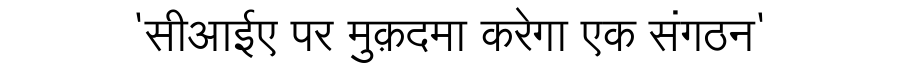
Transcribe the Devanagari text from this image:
'सीआईए पर मुक़दमा करेगा एक संगठन'